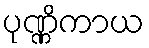
ပုဏ္ဏိကာယ